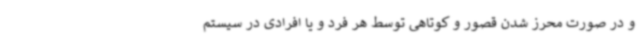
و در صورت محرز شدن قصور و کوتاهی توسط هر فرد و یا افرادی در سیستم